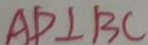
A D \bot B C